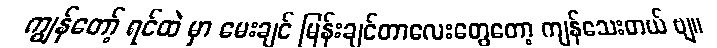
ကျွန်တော့် ရင်ထဲ မှာ မေးချင် မြန်းချင်တာလေးတွေတော့ ကျန်သေးတယ် ဗျ။